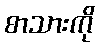
စာသားကို